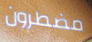
مضطرون